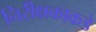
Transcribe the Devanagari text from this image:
निरीक्षकाकडे